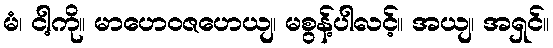
မံ၊ ငါ့ကို။ မာဟေဝဇဟေယျ၊ မစွန့်ပါလင့်။ အယျ၊ အရှင်။